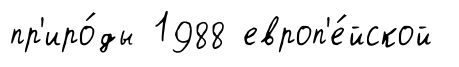
пр'иро́ды 1988 европ'е́йской